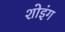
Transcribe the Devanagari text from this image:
शोइंग